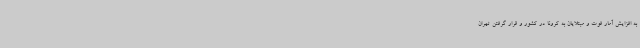
به افزایش آمار فوت و مبتلایان به کرونا در کشور و قرار گرفتن تهران